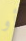
أو